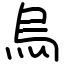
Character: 烏